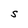
Character: S